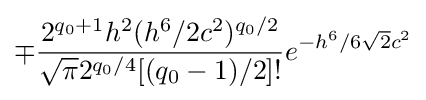
\mp {\frac {2^{q_{0}+1}h^{2}(h^{6}/2c^{2})^{q_{0}/2}}{{\sqrt {\pi }}2^{q_{0}/4}[(q_{0}-1)/2]!}}e^{-h^{6}/6{\sqrt {2}}c^{2}}